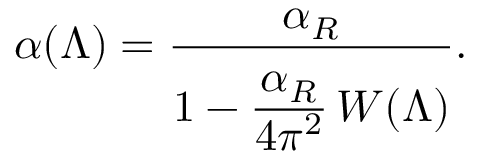
\alpha ( \Lambda ) = { \frac { \alpha _ { R } } { 1 - { \frac { \textstyle \strut \alpha _ { R } } { \textstyle \strut 4 \pi ^ { 2 } } } \, W ( \Lambda ) } } .